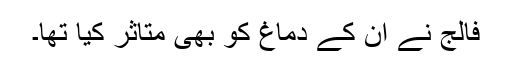
فالج نے ان کے دماغ کو بھی متاثر کیا تھا۔